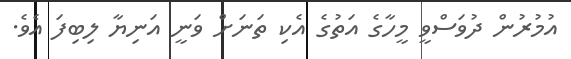
އުމުރުން ދުވަސްވީ މީހާގެ އަތުގެ އެކި ތަނަށް ވަނީ އަނިޔާ ލިބިފަ އެވެ.